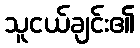
သူငယ်ချင်း၏